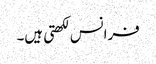
فرانس لکھتی ہیں۔